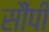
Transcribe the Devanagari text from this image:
सौंपीं